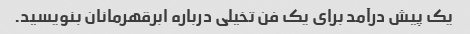
یک پیش درآمد برای یک فن تخیلی درباره ابرقهرمانان بنویسید.